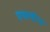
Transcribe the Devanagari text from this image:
एथलोन